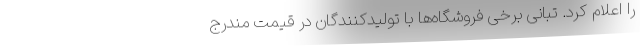
را اعلام کرد. تبانی برخی فروشگاه‌ها با تولیدکنندگان در قیمت مندرج